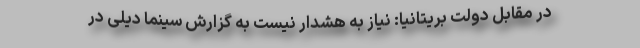
در مقابل دولت بریتانیا: نیاز به هشدار نیست به گزارش سینما دیلی در